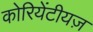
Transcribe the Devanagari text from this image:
कोरियेंटीयज़